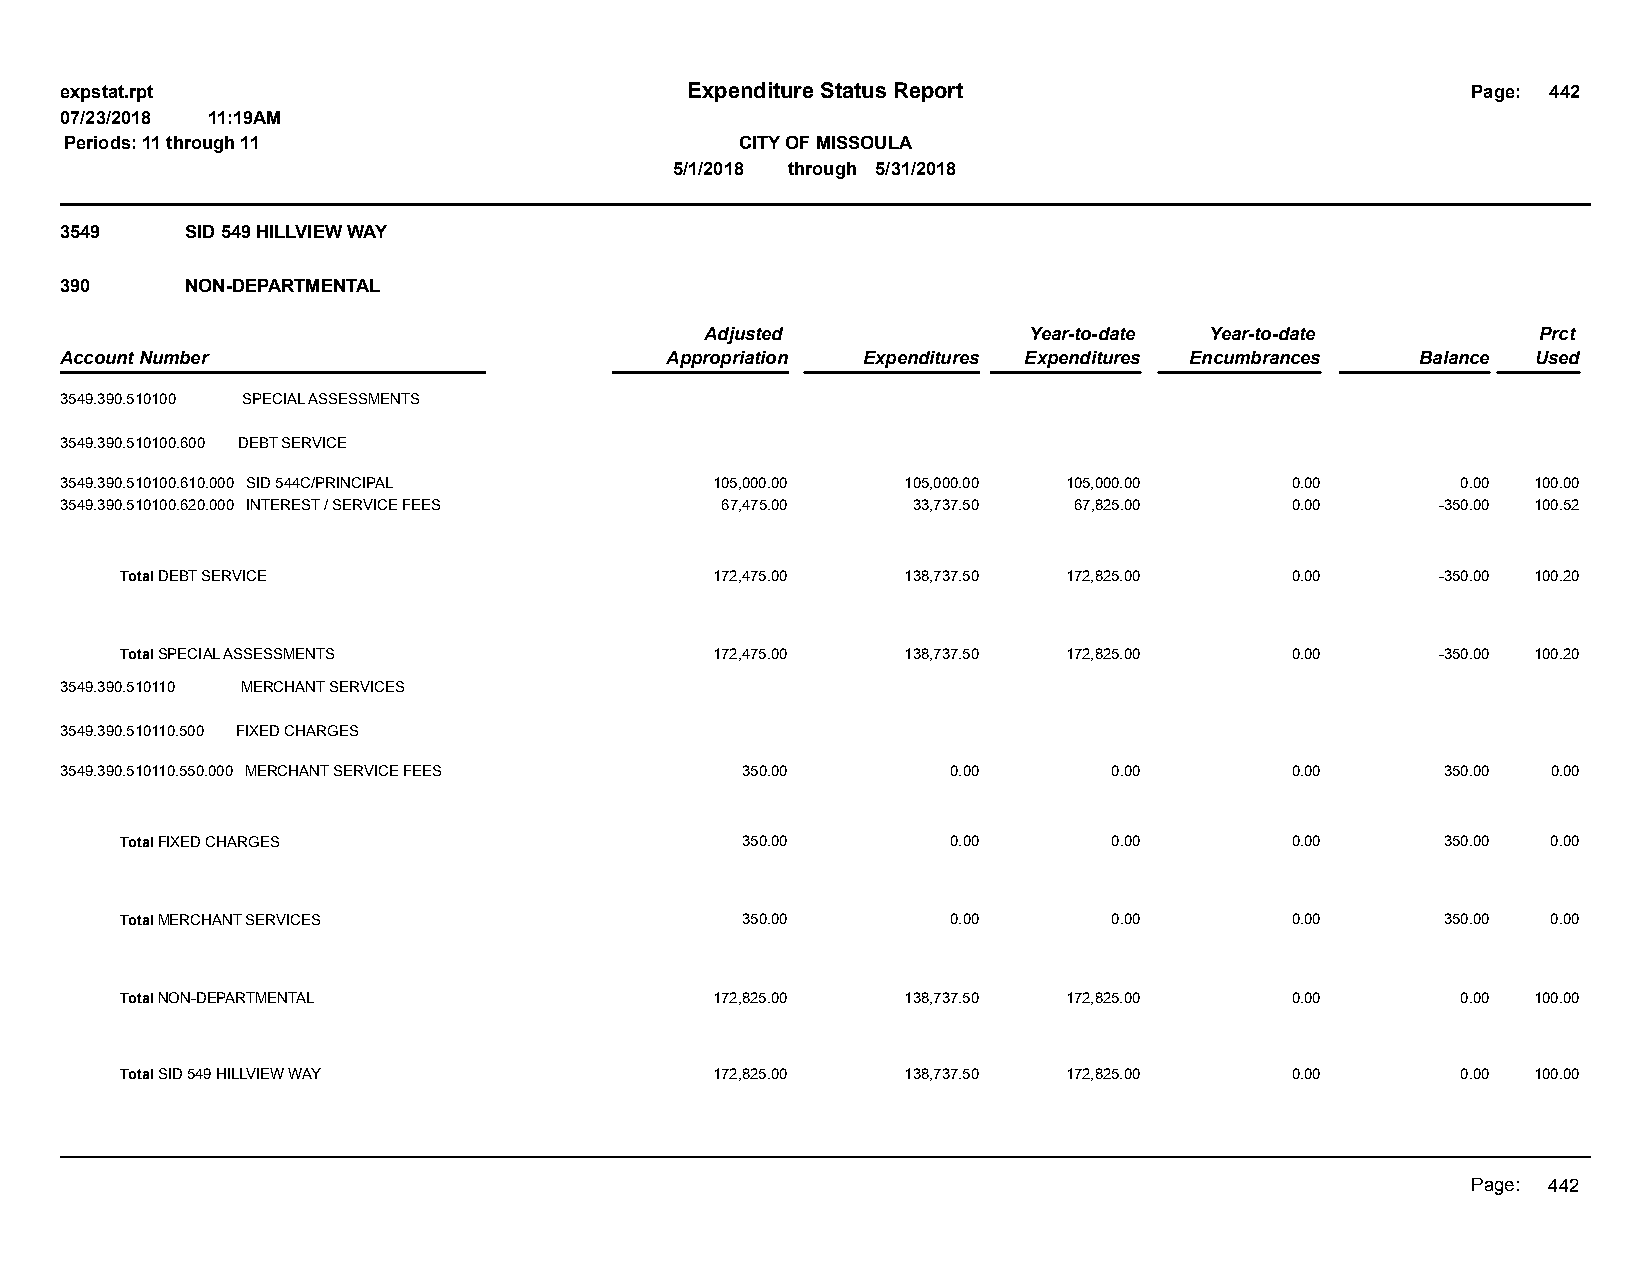
expstat.rpt                              Expenditure Status Report                           Page: 442
 07/23/2018 11:19AM
 Periods: 11 through 11                       CITY OF MISSOULA
 5/1/2018 through 5/31/2018
 3549    SID 549 HILLVIEW WAY
 390     NON-DEPARTMENTAL
 Adjusted             Year-to-date Year-to-date         Prct
 Account Number                          Appropriation Expenditures Expenditures Encumbrances Balance Used
 3549.390.510100 SPECIAL ASSESSMENTS
 3549.390.510100.600 DEBT SERVICE
 3549.390.510100.610.000 SID 544C/PRINCIPAL 105,000.00   105,000.00 105,000.00    0.00        0.00 100.00
 3549.390.510100.620.000 INTEREST / SERVICE FEES 67,475.00 33,737.50 67,825.00    0.00      -350.00 100.52
 Total DEBT SERVICE                     172,475.00   138,737.50 172,825.00    0.00      -350.00 100.20
 Total SPECIAL ASSESSMENTS              172,475.00   138,737.50 172,825.00    0.00      -350.00 100.20
 3549.390.510110 MERCHANT SERVICES
 3549.390.510110.500 FIXED CHARGES
 3549.390.510110.550.000 MERCHANT SERVICE FEES 350.00       0.00       0.00       0.00       350.00 0.00
 Total FIXED CHARGES                      350.00        0.00       0.00       0.00       350.00 0.00
 Total MERCHANT SERVICES                  350.00        0.00       0.00       0.00       350.00 0.00
 Total NON-DEPARTMENTAL                 172,825.00   138,737.50 172,825.00    0.00        0.00 100.00
 Total SID 549 HILLVIEW WAY             172,825.00   138,737.50 172,825.00    0.00        0.00 100.00
 Page: 442